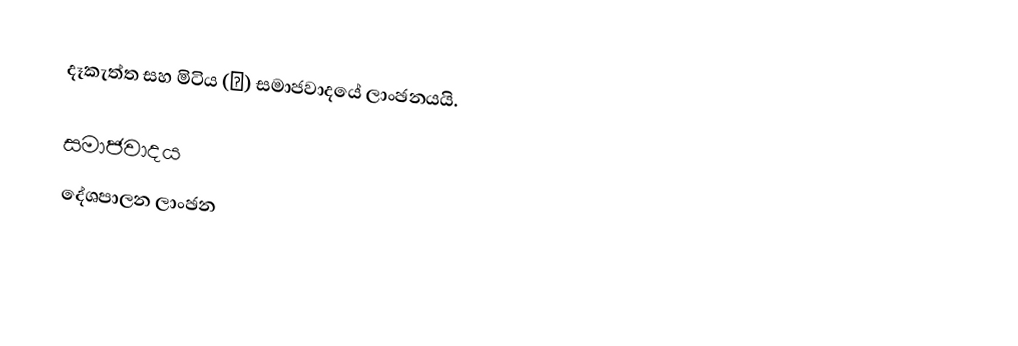
දෑකැත්ත සහ මිටිය (☭) සමාජවාදයේ ලාංඡනයයි.

සමාජවාදය
දේශපාලන ලාංඡන